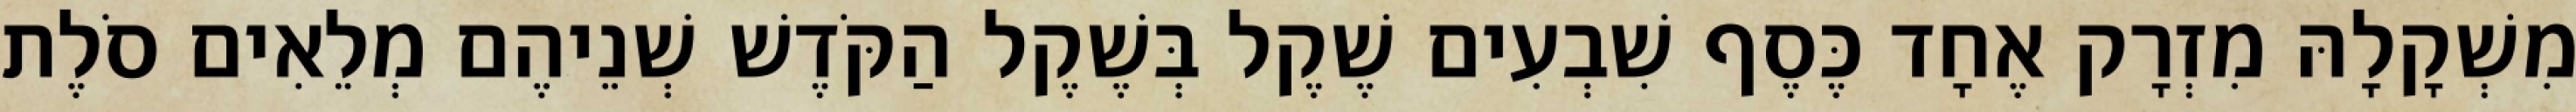
מִשְׁקָלָהּ מִזְרָק אֶחָד כֶּסֶף שִׁבְעִים שֶׁקֶל בְּשֶׁקֶל הַקֹּדֶשׁ שְׁנֵיהֶם מְלֵאִים סֹלֶת